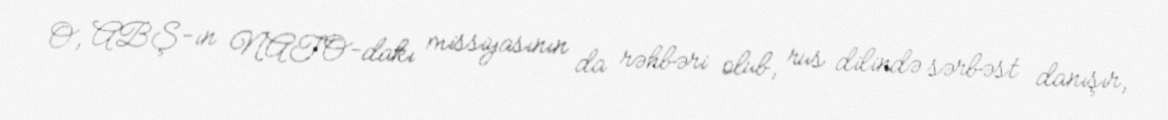
O, ABŞ-ın NATO-dakı missiyasının da rəhbəri olub, rus dilində sərbəst danışır,